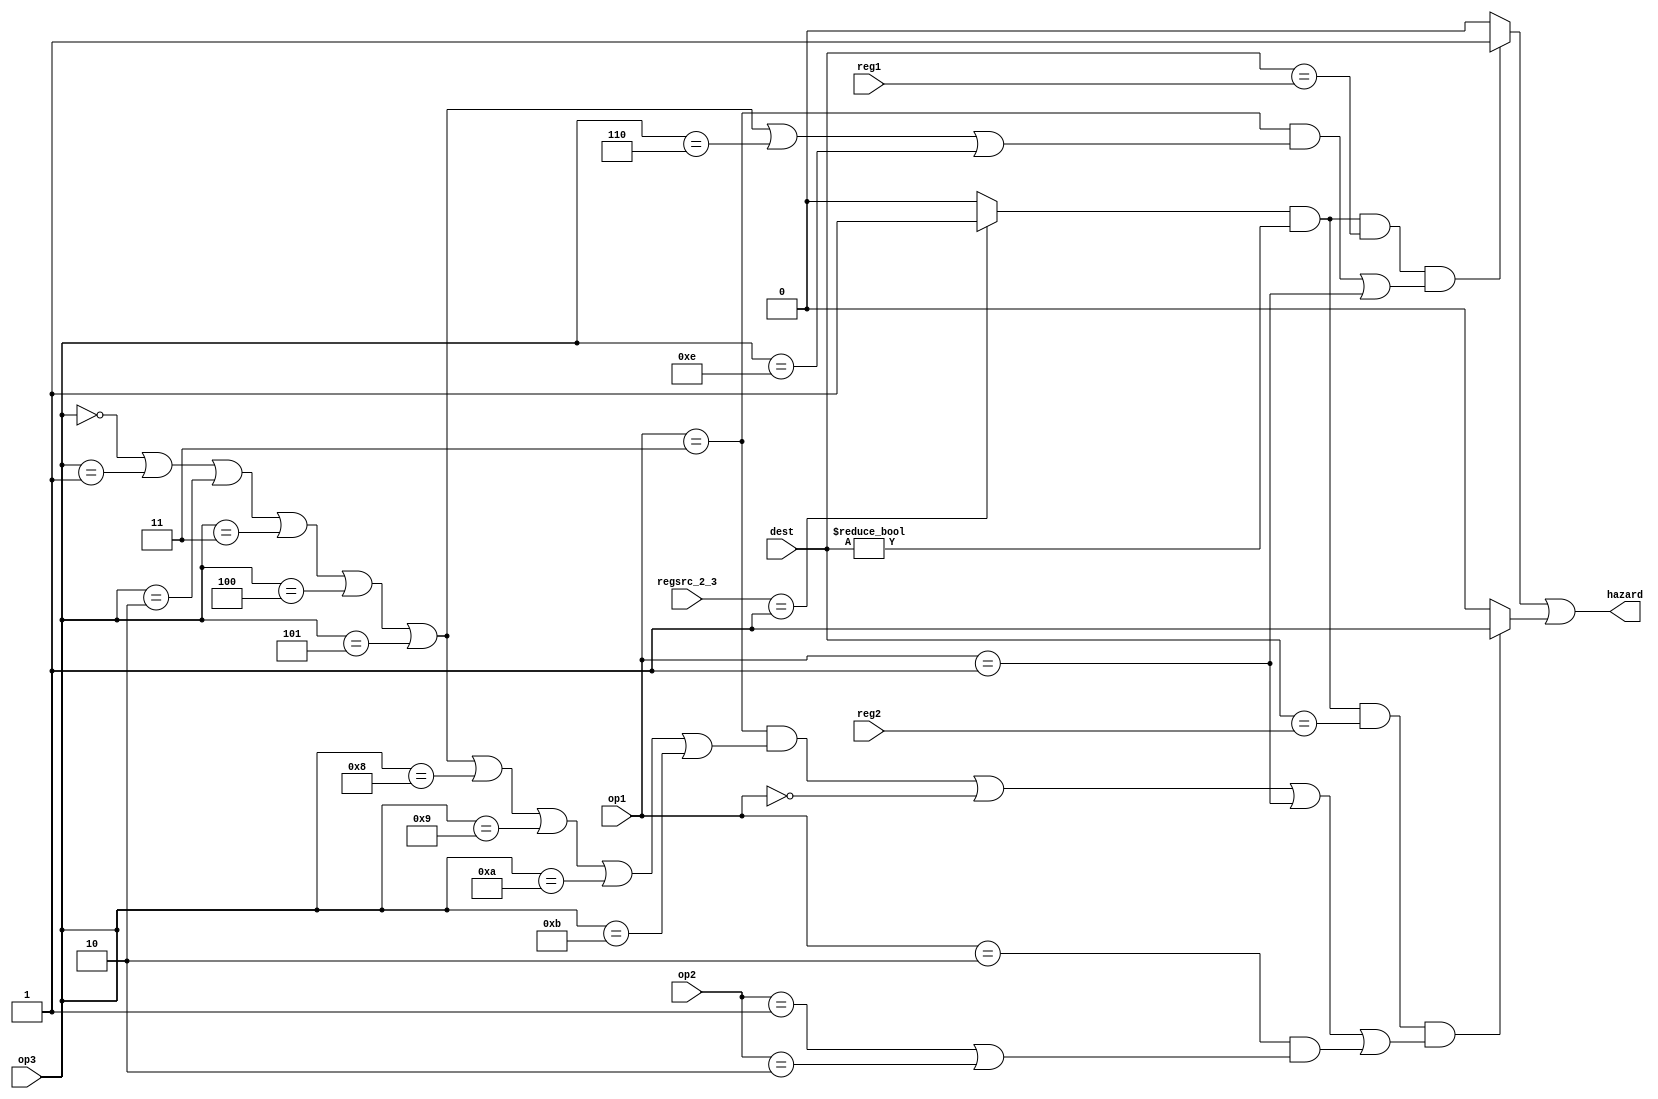
module load_hazard (
    input [1:0] op1,
    input [2:0] op2,
    input [3:0] op3,
    input [1:0] regsrc_2_3,
    input [2:0] reg1, reg2, dest,
    output hazard
);

    // LOAD or not
    wire mem_read;

    function res_mem_read;
        input [1:0] regsrc_2_3;
        begin
            case (regsrc_2_3)
                2'b01: res_mem_read = 1'b1; 
                default: res_mem_read = 1'b0;
            endcase
        end
    endfunction

    assign mem_read = res_mem_read(regsrc_2_3);

    function reg1_hazard;
        input mem_read;
        input [2:0] reg1, dest;
        input [1:0] op1;
        input [3:0] op3;
        begin
            if (mem_read == 1'b1
                && dest != 3'b000
                && dest == reg1
                && ((op1 == 2'b11 && (op3 == 4'b0000 || op3 == 4'b0001 || op3 == 4'b0010 || op3 == 4'b0011 || op3 == 4'b0100 || op3 == 4'b0101 || op3 == 4'b0110 || op3 == 4'b1110))
                    || op1 == 2'b01) // ADD, SUB, AND, OR, XOR, CMP, MOV, JAL, ST
            ) begin
                reg1_hazard = 1'b1;
            end else begin
                reg1_hazard = 1'b0;
            end
        end
    endfunction

    function reg2_hazard;
        input mem_read;
        input [2:0] reg2, dest;
        input [1:0] op1;
        input [2:0] op2;
        input [3:0] op3;
        begin
            if (mem_read == 1'b1
                && dest != 3'b000
                && dest == reg2
                && ((op1 == 2'b11 && (op3 == 4'b0000 || op3 == 4'b0001 || op3 == 4'b0010 || op3 == 4'b0011 || op3 == 4'b0100 || op3 == 4'b0101 || op3 == 4'b1000 || op3 == 4'b1001 || op3 == 4'b1010 || op3 == 4'b1011)) // ADD, SUB, AND, OR , XOR, CMP, SLL, SLR, SRL, SRA
                    || op1 == 2'b00 // LD
                    || op1 == 2'b01 // ST
                    || (op1 == 2'b10 && (op2 == 3'b001 || op2 == 3'b010)) // ADDI, COMPI
                    )
            ) begin
                reg2_hazard = 1'b1;
            end else begin
                reg2_hazard = 1'b0;
            end
        end
    endfunction

    assign hazard = reg1_hazard(mem_read, reg1, dest, op1, op3) || reg2_hazard(mem_read, reg2, dest, op1, op2, op3);
endmodule